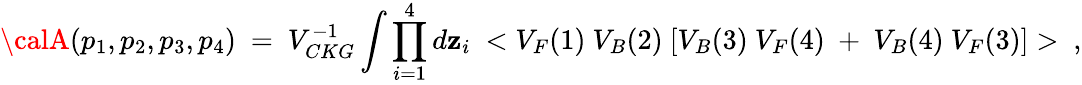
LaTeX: {\calA}(p_{1},p_{2},p_{3},p_{4})~=~V_{CKG}^{-1}\int\prod_{i=1}^{4}d\mathbf{z}_{i}~<{V_{F}(1)~V_{B}(2)~[V_{B}(3)~V_{F}(4)~+~V_{B}(4)~V_{F}(3)]}>~,